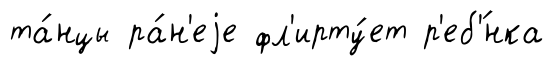
та́нцы ра́н'еjе фл'ирту́ет р'еб'́нка